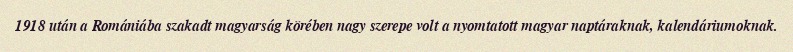
1918 után a Romániába szakadt magyarság körében nagy szerepe volt a nyomtatott magyar naptáraknak, kalendáriumoknak.